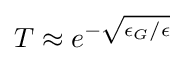
T\approx e^{-{\sqrt {\epsilon _{G}/\epsilon }}}